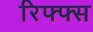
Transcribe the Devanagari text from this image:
रिफ्फ्स